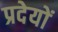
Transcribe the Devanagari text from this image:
प्रदेयों